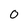
Character: 0